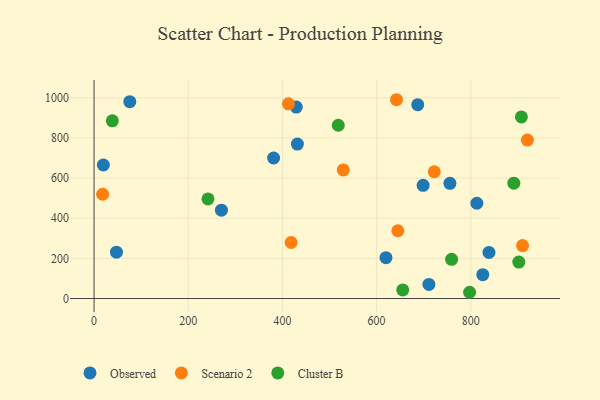
{"axis": {"x": "Price", "y": "Fuel Efficiency"}, "legend": ["Cluster B", "Observed", "Scenario 2"], "data": [{"x": "19.8", "y": 665.1, "type": "Observed"}, {"x": "838.6", "y": 229.8, "type": "Observed"}, {"x": "698.8", "y": 563.7, "type": "Observed"}, {"x": "75.9", "y": 980.3, "type": "Observed"}, {"x": "825.5", "y": 118.8, "type": "Observed"}, {"x": "755.7", "y": 573.8, "type": "Observed"}, {"x": "431.8", "y": 769.4, "type": "Observed"}, {"x": "687.3", "y": 965.6, "type": "Observed"}, {"x": "429.4", "y": 953.3, "type": "Observed"}, {"x": "381.3", "y": 699.9, "type": "Observed"}, {"x": "812.9", "y": 474.4, "type": "Observed"}, {"x": "619.9", "y": 203.6, "type": "Observed"}, {"x": "711.1", "y": 70.0, "type": "Observed"}, {"x": "47.6", "y": 230.7, "type": "Observed"}, {"x": "270.5", "y": 440.1, "type": "Observed"}, {"x": "418.5", "y": 279.0, "type": "Scenario 2"}, {"x": "412.8", "y": 969.8, "type": "Scenario 2"}, {"x": "645.1", "y": 337.6, "type": "Scenario 2"}, {"x": "722.5", "y": 631.3, "type": "Scenario 2"}, {"x": "910.0", "y": 263.7, "type": "Scenario 2"}, {"x": "18.2", "y": 519.4, "type": "Scenario 2"}, {"x": "642.3", "y": 990.1, "type": "Scenario 2"}, {"x": "920.2", "y": 789.1, "type": "Scenario 2"}, {"x": "529.2", "y": 640.6, "type": "Scenario 2"}, {"x": "38.8", "y": 885.0, "type": "Cluster B"}, {"x": "902.0", "y": 181.4, "type": "Cluster B"}, {"x": "655.5", "y": 42.6, "type": "Cluster B"}, {"x": "907.5", "y": 904.4, "type": "Cluster B"}, {"x": "797.5", "y": 31.1, "type": "Cluster B"}, {"x": "518.6", "y": 863.0, "type": "Cluster B"}, {"x": "241.9", "y": 495.8, "type": "Cluster B"}, {"x": "891.4", "y": 574.4, "type": "Cluster B"}, {"x": "759.3", "y": 195.2, "type": "Cluster B"}]}